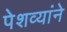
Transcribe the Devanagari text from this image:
पेशव्यांने